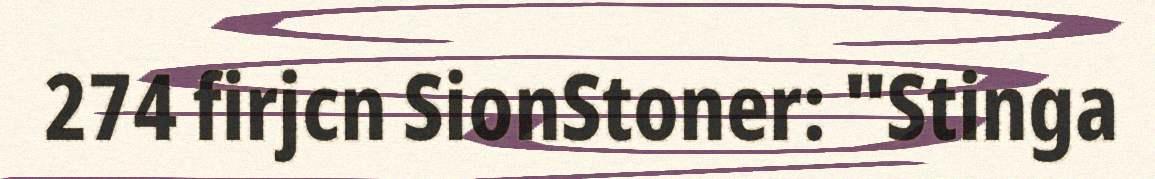
274 firjcn SionStoner: "Stinga